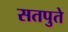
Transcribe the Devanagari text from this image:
सतपुते